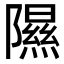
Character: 隰